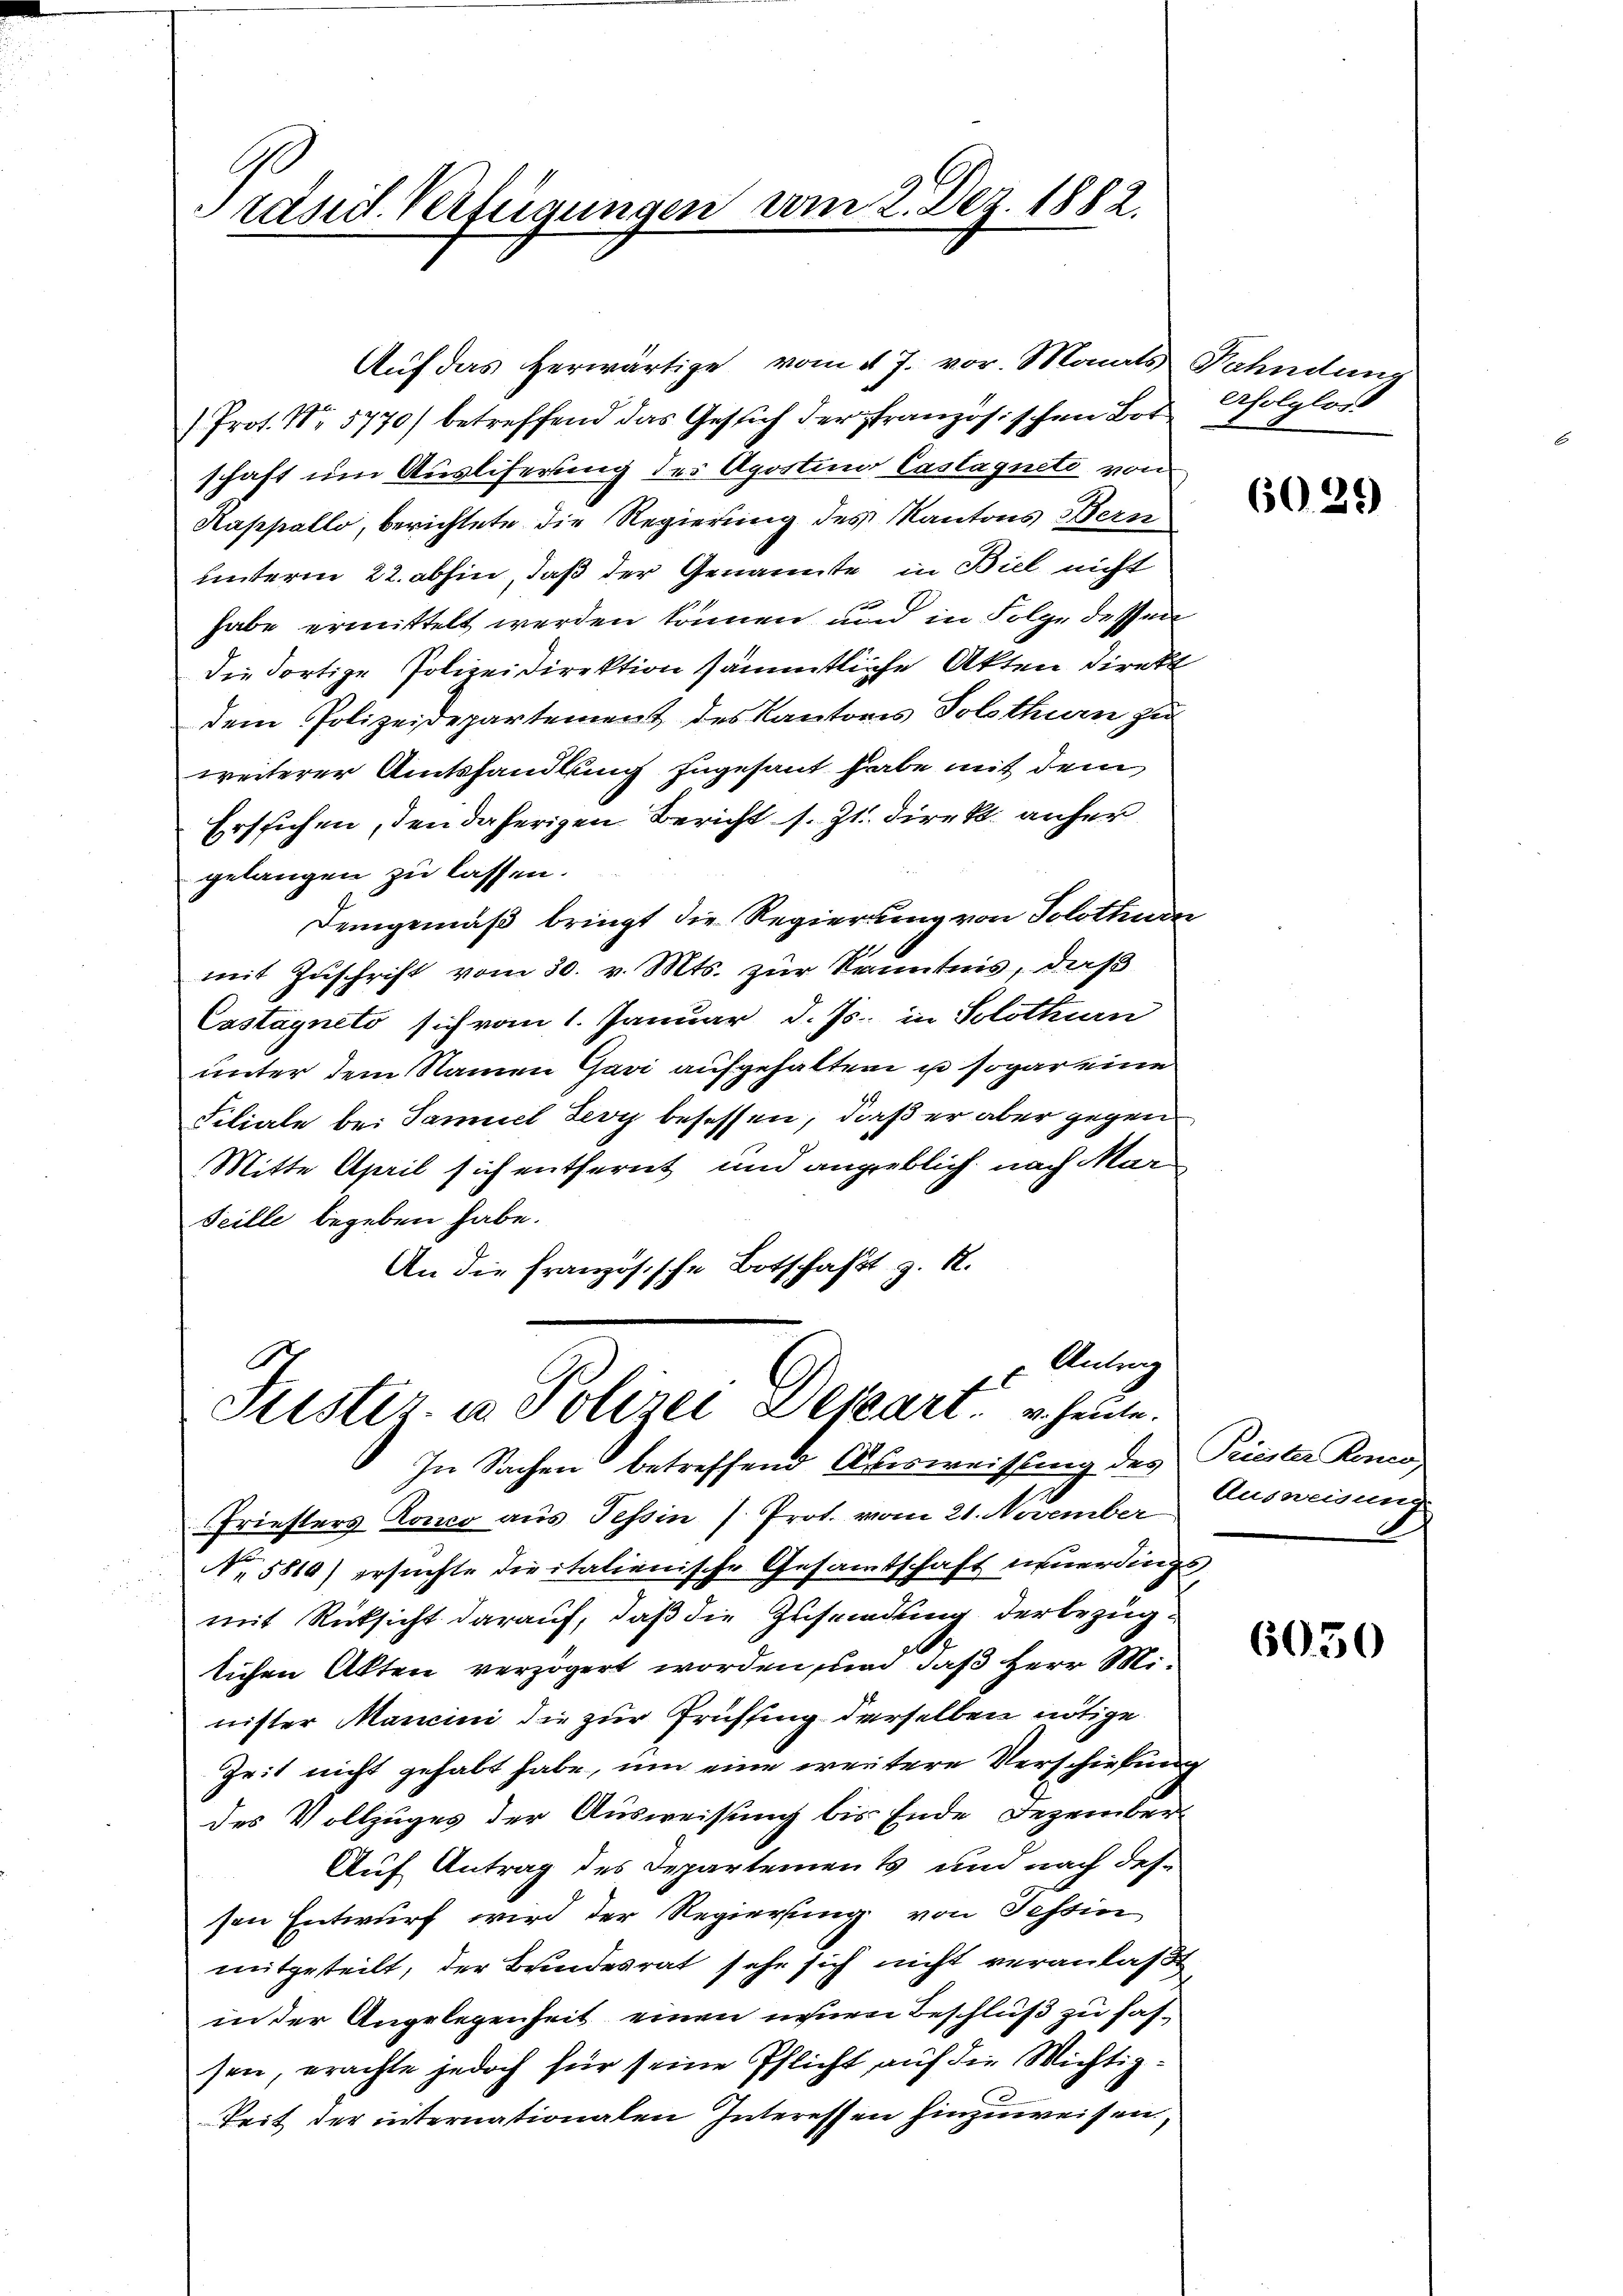
Präsid. Verfügungen vom 2. Dez. 1882.

Auf das herwärtige vom 17. vor. Monats Nahndung
 Prof. No 5770) betreffend das Gesich der französischen Bot folglos
schaft um Ausliferung des Aposten Castagnete von
Kappello, berichtete die Regierung des Kantons Bern
unterm 22. abhin, daß der Genannte in Biel nicht
habe ermittelt werden können, und in Folge dessen
die dortige Polizeidirektion sämmtliche Akten direkt
dem Polizeidepartement des Kantons Solothurn zu
weiterer Amtshandlung zugesant habe mit dem
Erstichen, den daherigen Bericht s. Zt. direkt anfer
gelangen zu lassen.
Demgemäß bringt die Regierung von Solothurn
mit Zuschrift vom 30. v. Mts. zur Kenntnis, daß
Castagnito sich vom 1. Januar d. Js. in Solothurn
unter dem Namen Gavi aufgehalten in sogar eine
Filiale bei Samuel Lery besessen, daß er aber gegen
Mitte April sich entfernt und angeblich nach Mar
Seille begeben habe.
An die französische Botschaft z. B.

Antrag
.
f
Justiz- u. Polizei Depart. u. heute.
In Sachen betreffend Ausweissung des Priester Komma

Friesters Konco aus Tessin 7 Prot. vom 21. November Ausweise
N.5810) ersuchte diritalienische Gesamtschaft innerdingt,
mit Rücksicht darauf, daß die Zusendung der bezüg¬
6
lichen Akten verzögert worden, und daß Herr Minister Mancini die zur Prüffung derselben nötige
Zeit nicht gehabt habe, um eine weitere Verschiebung
des Vollzuges der Ausweisung bis Ende Dezember¬
Auf Antrag des Departements und nach dessen Entwurf wird der Regierung von Tessin
mitgeteilt, der Brindesrat sehr sich nicht veranlaßt
in der Angelegenheit einen neuen Beschluß zu fassen, erachte jedoch für seine Pflicht auf die Wichtig¬
Zeit der internationalen Interessen hinzuweisen,

6029

h

6050